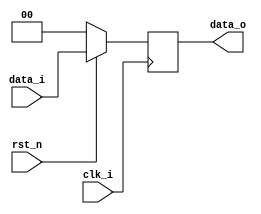
module Pipeline_Reg(clk_i, rst_n, data_i, data_o);

parameter size = 0;
input wire clk_i;
input wire rst_n;
input wire [size-1:0] data_i;
output reg[size-1:0] data_o;



always @(posedge clk_i)begin
    if(rst_n) 
        data_o <= data_i;
    else 
        data_o <= 0;
end

endmodule